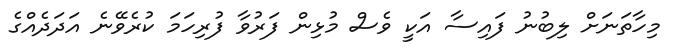
މިހާތަނަށް ލިބުނު ފައިސާ އަކީ ވެސް މުޅިން ފަރުވާ ފުރިހަމަ ކުރެވޭނެ އަދަދެއްގެ